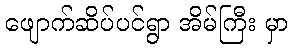
ဖျောက်ဆိပ်ပင်ရွာ အိမ်ကြီး မှာ